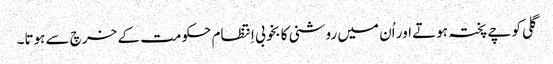
گلی کوچے پختہ ہوتے اور اُن میں روشنی کا بخوبی اِنتظام حکومت کے خرچ سے ہوتا۔